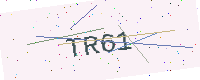
Text: TR61